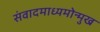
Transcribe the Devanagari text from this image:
संवादमाध्यमोन्मुख